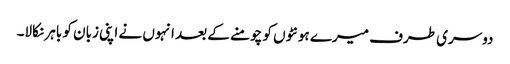
دوسری طرف میرے ہونٹوں کو چومنے کے بعد انہوں نے اپنی زبان کو باہر نکالا۔